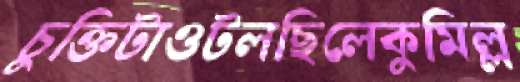
চুক্তিটাওটলছিলেকুমিল্ল